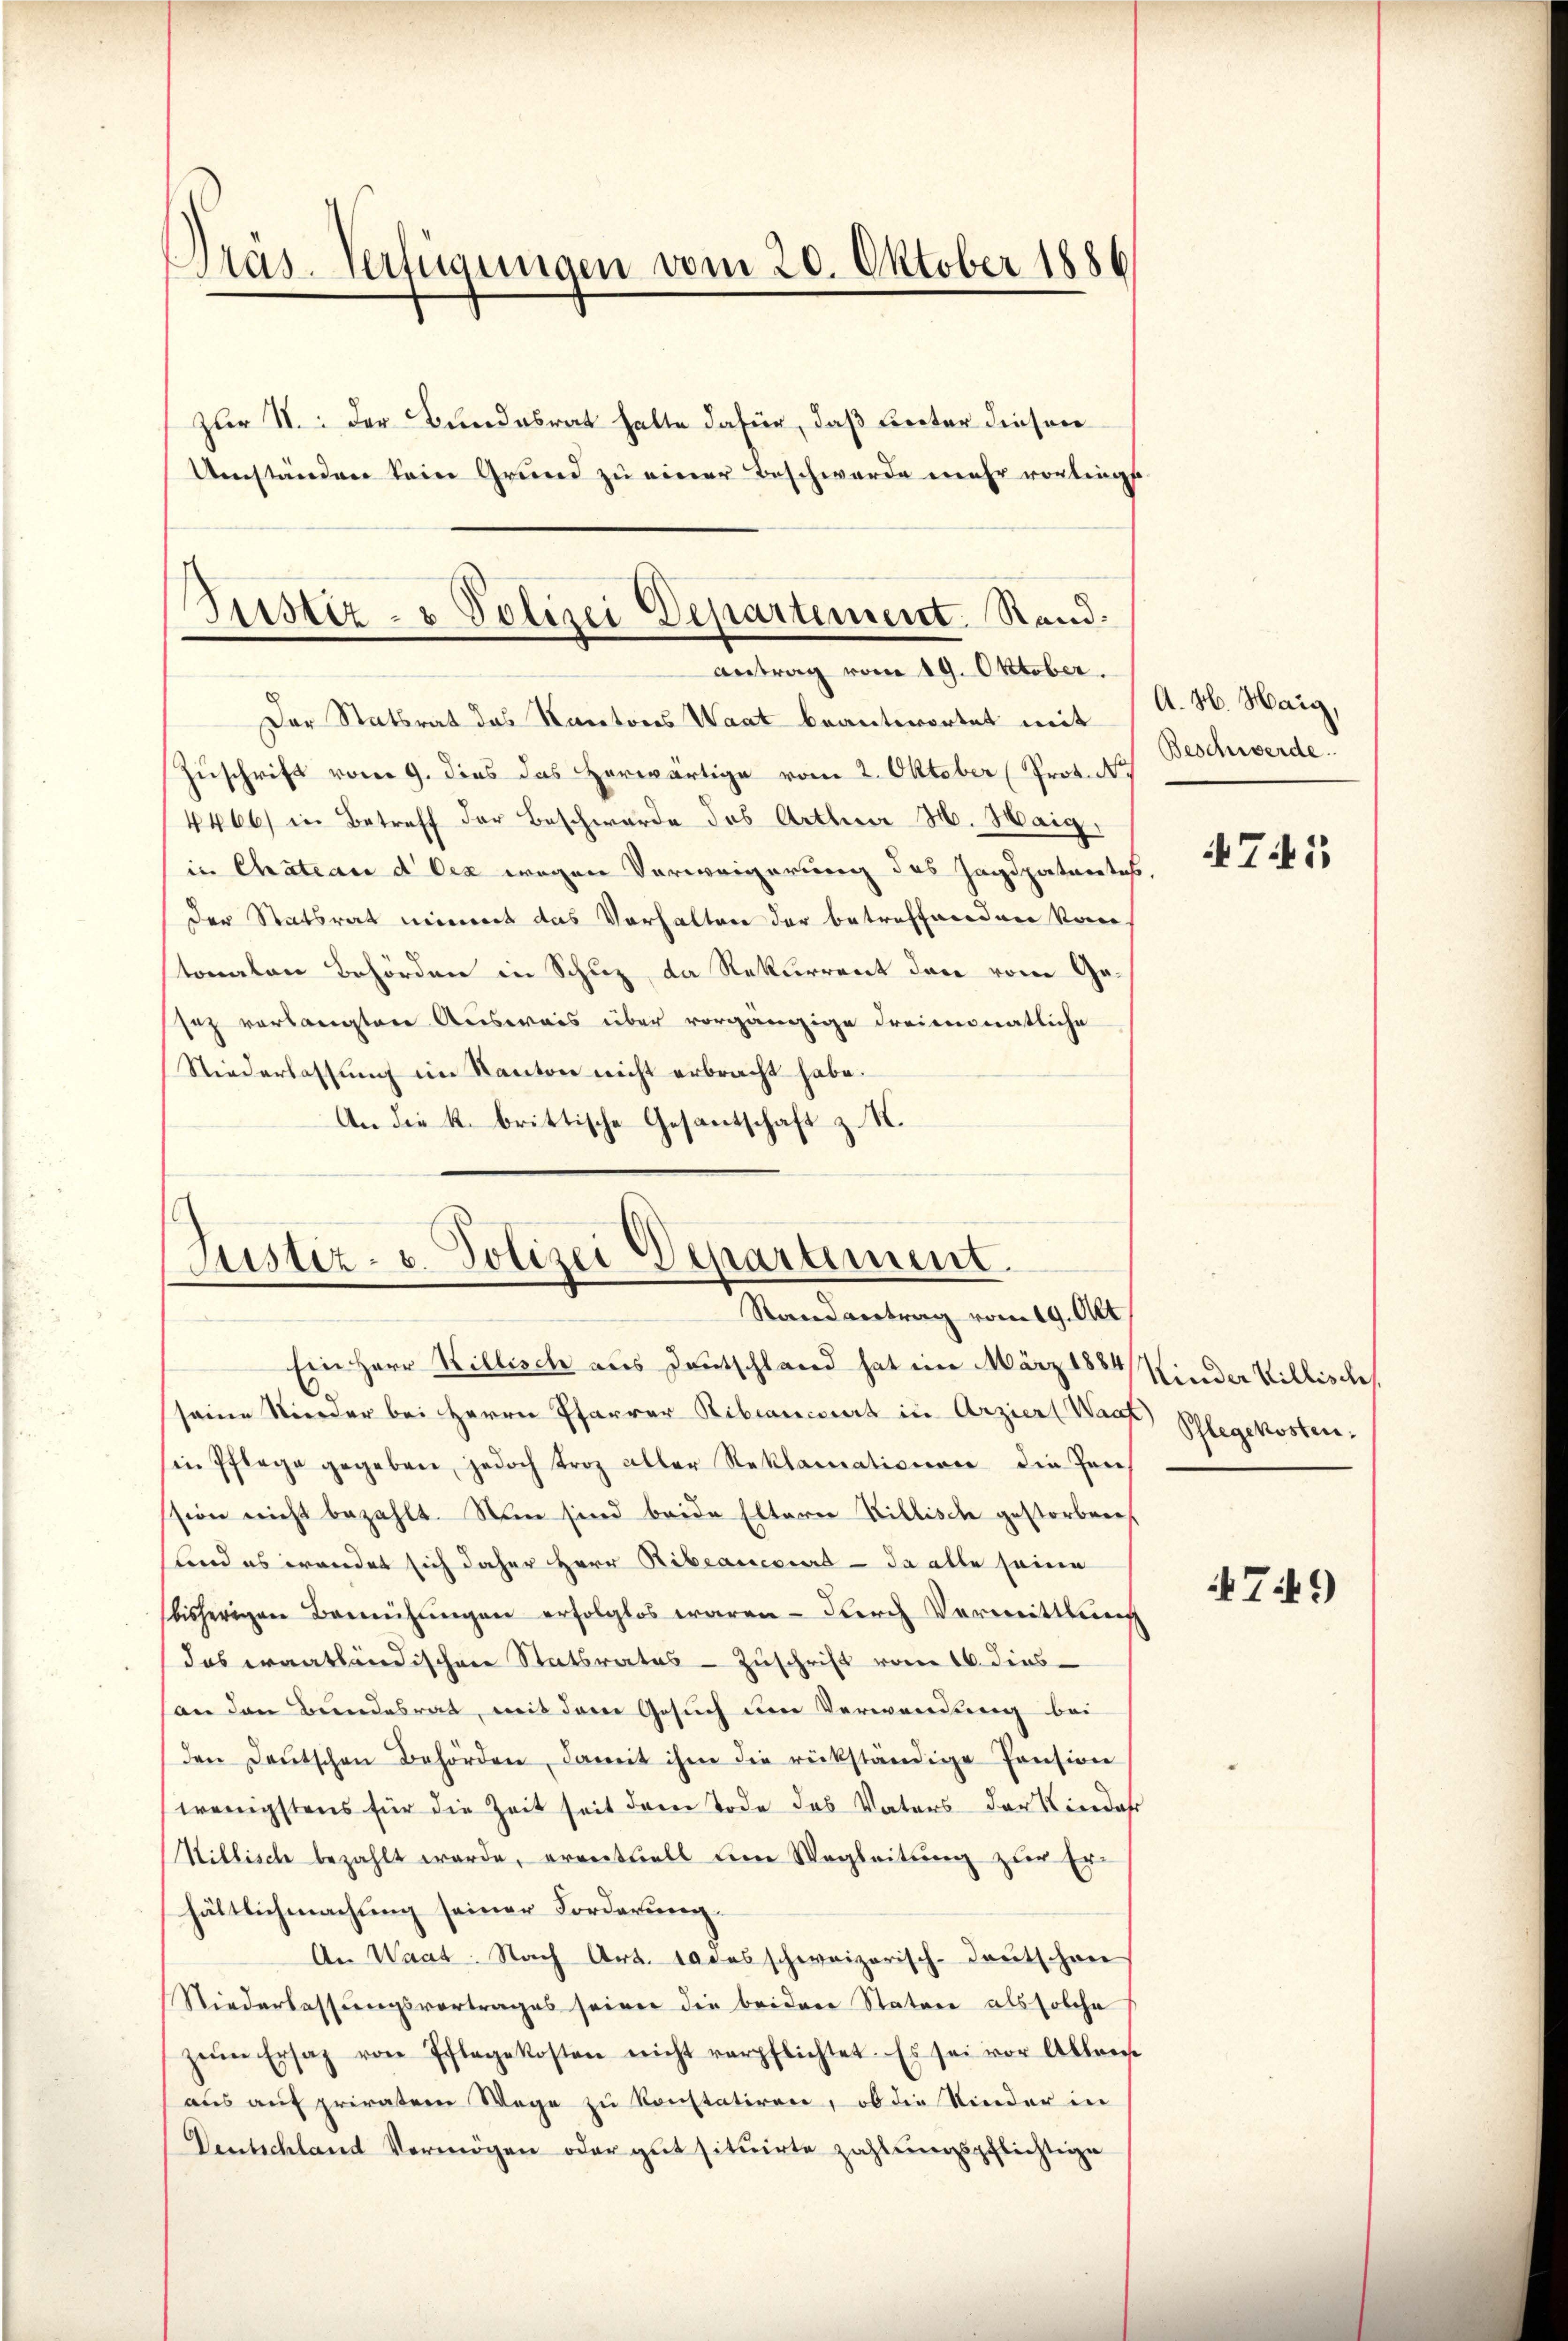
Pras-Verfügungen vom 20. Oktober 1886
zur II. Der Bundesrat hatte dafür, daß Rector diesen
Umständen kein Grund zu einer Beschwerde mehr vorliegt

Justiz- & Polizei Departement. Rand:
antrag vom 19. Oktober.

Der Statsrat das Kantons Waat beantwortet mit
Zuschrift vom 9. dies das herwärtige vom 2. Oktober (Prot. N.
4466) in Betreff der Beschwerde des Arthner H. Haig,
in Chateau d Des wegen Verweigerung des Jagdpatentes,
der Statsrat nimmt das Vorhalten der betreffenden Kantonalen Behörden in Schuz, da Rekurrent der vom Gesaz vorlangtere Ausweis über vorgängige dreimonatliche
Niederlassung im Kanton nicht erbracht habe.
An die k. brittische Gesantschaft z. K.

Justiz- u. Polizei Departement.
Randantrag vom 19. Okt.

Ein Herr Willisch aus Deutschland hat im März 1884 Kinder Willischeh
seine Nieder bei Herrn Pfarrer Ribianciert in Arziers Waadt Phlegekosten:
sin Pflege gegeben, jedoch troz aller Reklamationen die Pens
ssion nicht bezahlt. Nun sind beide Eltern Willische gestorben
und es wendet sich daher Herr Ribeancours - da alle seine
bisherigen Bemühŭngen erfolglos waren - durch Vermittlung
das eraatländischen Statsrates - Zuschrift vom 16. dies
(an den Bundesrat, mit dem Gesuch um Verwendung bei
(den Deutschen Behörden, damit ihm die rückständige Pension
wenigstens für die Zeit seit dem Tode des Vaters der Kindes
Niblische bezahlt werde, eventuell um Wegleitung zur Er
hältlich machung seiner Forderung.
An Waat. Nach Art. 10 des schweizerisch-deutschon
Niederlassŭngsvortrages seiner die beidere Stature als solche
zŭm Ersatz von Pflegekosten nicht verpflichtet. Es sei vor Alleiche
aus auf privatem Wege zu konstatiren, ob die Kinder in
Deutschland Vermögen oder gut situirte zahlungspflichtige

A. H. Haig,
Beschwerde.

741

749)